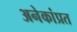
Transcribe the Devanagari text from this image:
अनेकांप्रत